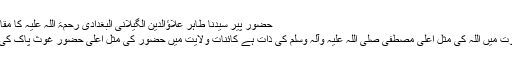
حضور پیر سیدنا طاہر علاؤالدین الگیلانی البغدادی رحمۃ اللہ علیہ کا مقام و مرتبہ
کائنات نبوت میں اللہ کی مثلِ اعلیٰ مصطفیٰ صلی اللہ علیہ وآلہ وسلم کی ذات ہے کائنات ولایت میں حضور کی مثل اعلیٰ حضور غوث پاک کی ذات ہے۔